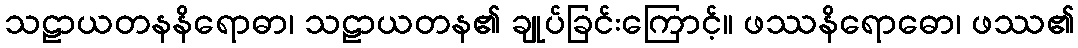
သဠာယတနနိရောဓာ၊ သဠာယတန၏ ချုပ်ခြင်းကြောင့်။ ဖဿနိရောဓော၊ ဖဿ၏